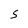
Character: S